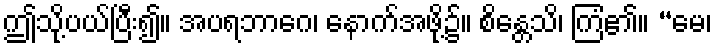
ဤသို့ပယ်ပြီး၍။ အပရဘာဂေ၊ နောက်အဖို့၌။ စိန္တေသိ၊ ကြံ၏။ “မေ၊